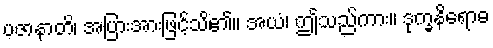
ပဇာနာတိ၊ အပြားအားဖြင့်သိ၏။ အယံ၊ ဤသည်ကား။ ဒုက္ခနိရောဓ